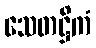
သေတဋ္ဌိကံ